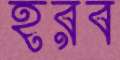
হরব